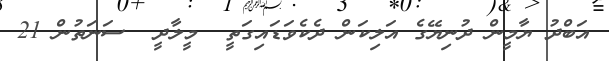
އަބްދު ޔާމީން ދުނިޔޭގެ އަލިކަން ދެކެވަޑައިގަތީ  މީލާދީ  ސަނަތުން 21